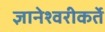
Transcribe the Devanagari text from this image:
ज्ञानेश्वरीकर्ते